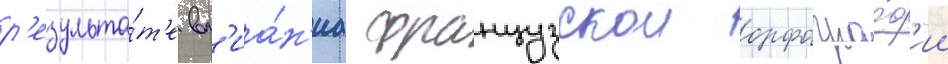
р'езульта́т'е вл'иа́н'иа французскои орфогра́ф'ии